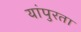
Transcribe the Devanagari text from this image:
यांपुरता